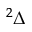
^ 2 \Delta